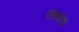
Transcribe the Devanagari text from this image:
एसकेपी